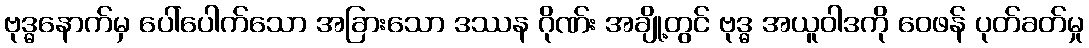
ဗုဒ္ဓနောက်မှ ပေါ်ပေါက်သော အခြားသော ဒဿန ဂိုဏ်း အချို့တွင် ဗုဒ္ဓ အယူဝါဒကို ဝေဖန် ပုတ်ခတ်မှု